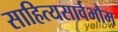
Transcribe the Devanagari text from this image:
साहित्यसार्वभौम